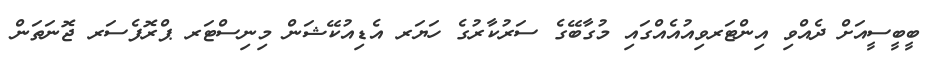
ބީބީސީއަށް ދެއްވި އިންޓަރވިއުއެއްގައި މުގާބޭގެ ސަރުކާރުގެ ހަޔަރ އެޑިއުކޭޝަން މިނިސްޓަރ ޕްރޮފެސަރ ޖޮނަތަން